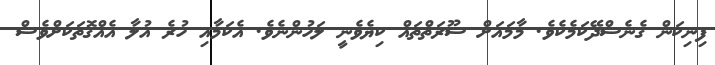
ފިނިކަން ގެނެސްދޭކަމެކެވެ. މާމައަށް ސޫރަތްތައް ކިޔެވެނީ ލަހުންނެވެ. އެކަމާއި ހުރެ އުލާ އެއްގޮތަކަށްވެސް